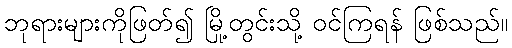
ဘုရားများကိုဖြတ်၍ မြို့တွင်းသို့ ဝင်ကြရန် ဖြစ်သည်။